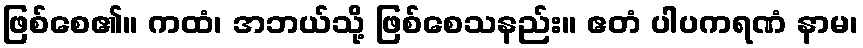
ဖြစ်စေ၏။ ကထံ၊ အဘယ်သို့ ဖြစ်စေသနည်း။ ဧတံ ပါပကရဏံ နာမ၊